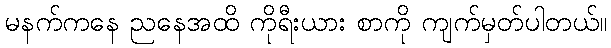
မနက်ကနေ ညနေအထိ ကိုရီးယား စာကို ကျက်မှတ်ပါတယ်။